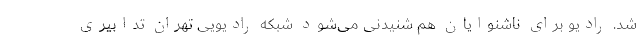
شد. رادیو برای ناشنوایان هم شنیدنی می‌شود شبکه رادیویی تهران تدابیری